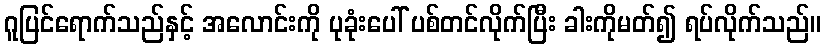
ဂူပြင်ရောက်သည်နှင့် အလောင်းကို ပုခုံးပေါ် ပစ်တင်လိုက်ပြီး ခါးကိုမတ်၍ ရပ်လိုက်သည်။